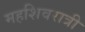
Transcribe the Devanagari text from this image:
महशिवरात्री